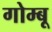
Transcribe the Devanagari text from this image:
गोम्बू